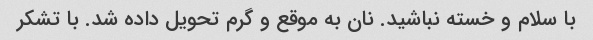
با سلام و خسته نباشید. نان به موقع و گرم تحویل داده شد. با تشکر